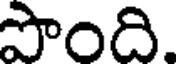
పొంది.